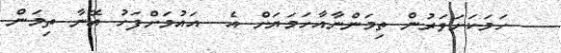
ހަމަކަށަވަރުން ތިމަންނާއާހަމަޔަށް އެ  އައުމަށްފަހު އޭނާ ތިމަން